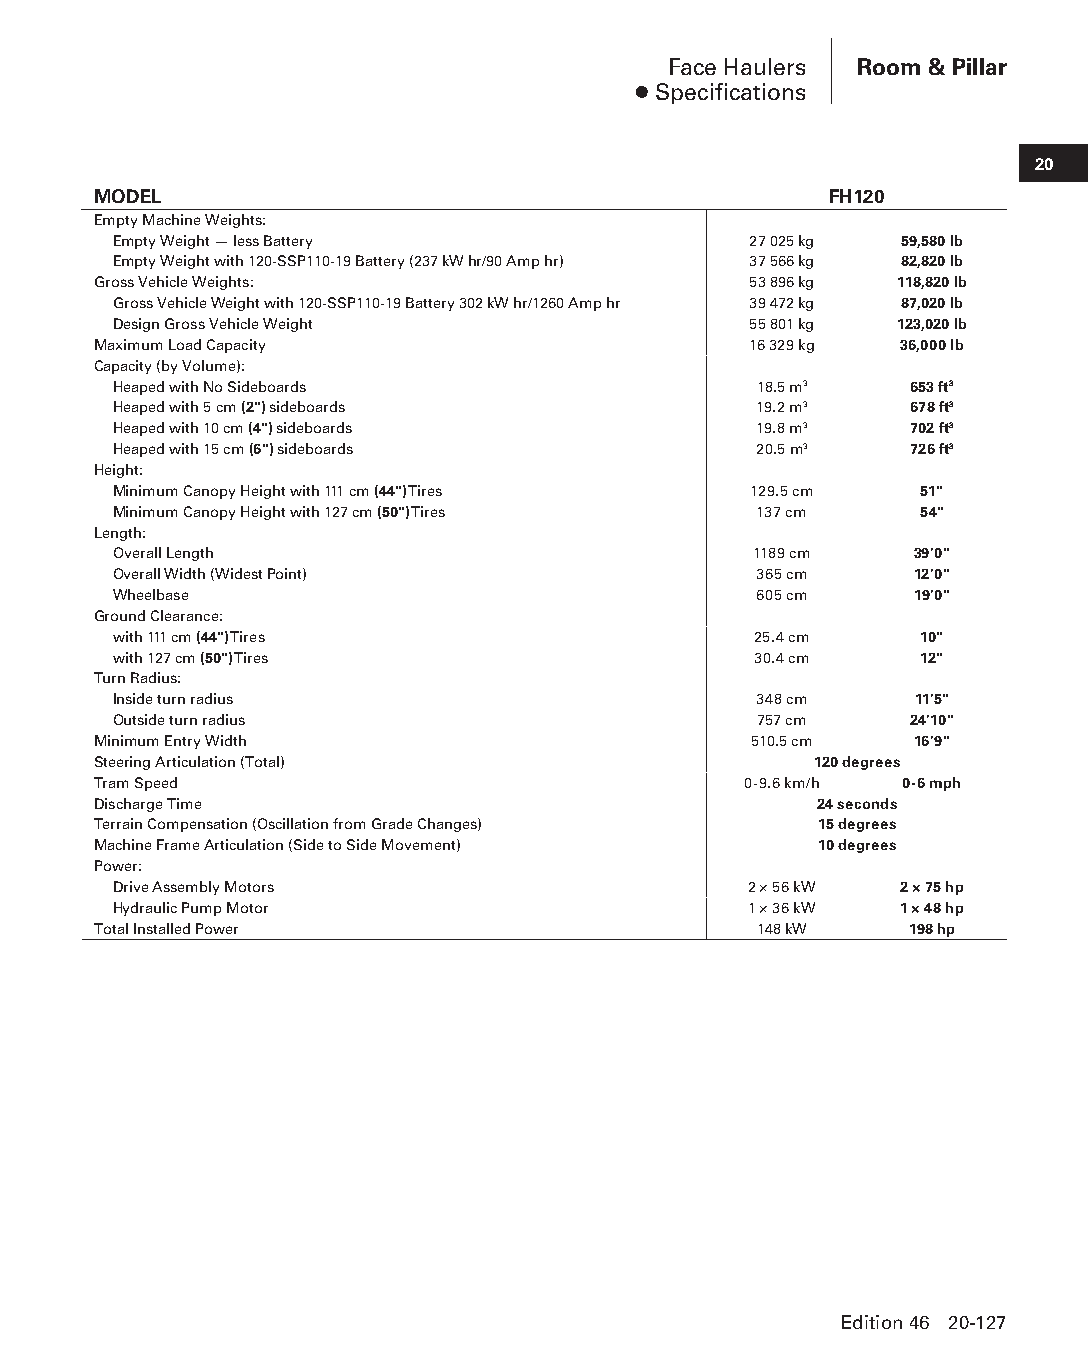
Face Haulers Room & Pillar
 ● Specifications
 20
 MODEL                                           FH120
 Empty Machine Weights:
 Empty Weight — less Battery               27 025 kg 59,580 lb
 Empty Weight with 120-SSP110-19 Battery (237 kW hr/90 Amp hr) 37 566 kg 82,820 lb
 Gross Vehicle Weights:                     53 896 kg 118,820 lb
 Gross Vehicle Weight with 120-SSP110-19 Battery 302 kW hr/1260 Amp hr 39 472 kg 87,020 lb
 Design Gross Vehicle Weight               55 801 kg 123,020 lb
 Maximum Load Capacity                      16 329 kg 36,000 lb
 Capacity (by Volume):
 Heaped with No Sideboards                 18.5 m3    653 ft3
 Heaped with 5 cm (2") sideboards          19.2 m3    678 ft3
 Heaped with 10 cm (4") sideboards         19.8 m3    702 ft3
 Heaped with 15 cm (6") sideboards         20.5 m3    726 ft3
 Height:
 Minimum Canopy Height with 111 cm (44") Tires 129.5 cm 51"
 Minimum Canopy Height with 127 cm (50") Tires 137 cm 54"
 Length:
 Overall Length                            1189 cm    39'0"
 Overall Width (Widest Point)              365 cm     12'0"
 Wheelbase                                 605 cm     19'0"
 Ground Clearance:
 with 111 cm (44") Tires                   25.4 cm    10"
 with 127 cm (50") Tires                   30.4 cm    12"
 Turn Radius:
 Inside turn radius                        348 cm     11'5"
 Outside turn radius                       757 cm     24'10"
 Minimum Entry Width                        510.5 cm   16'9"
 Steering Articulation (Total)                  120 degrees
 Tram Speed                                 0-9.6 km/h 0-6 mph
 Discharge Time                                 24 seconds
 Terrain Compensation (Oscillation from Grade Changes) 15 degrees
 Machine Frame Articulation (Side to Side Movement) 10 degrees
 Power:
 Drive Assembly Motors                     2 × 56 kW 2 × 75 hp
 Hydraulic Pump Motor                      1 × 36 kW 1 × 48 hp
 Total Installed Power                      148 kW     198 hp
 Edition 46 20-127
 PPHHBB--SSeecc2200--RRoooomm__PPiillllaarr((ppgg112211--114488))..iinndddd 112277 1122//44//1155 1111::0033 AAMM